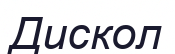
Дискол